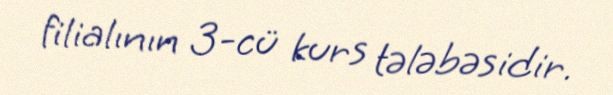
filialının 3-cü kurs tələbəsidir.